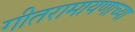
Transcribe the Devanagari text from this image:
गीतरामायणाच्या